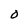
Character: O